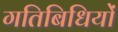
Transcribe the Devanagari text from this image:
गतिबिधियों